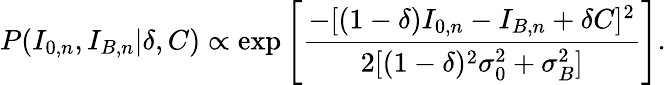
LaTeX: P(I_{0,n},I_{B,n}|\delta,C)\propto\exp\left[\frac{-[(1-\delta)I_{0,n}-I_{B,n}+\delta C]^{2}}{2[(1-\delta)^{2}\sigma_{0}^{2}+\sigma_{B}^{2}]}\right].